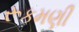
રૂકમણી